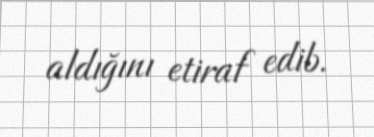
aldığını etiraf edib.